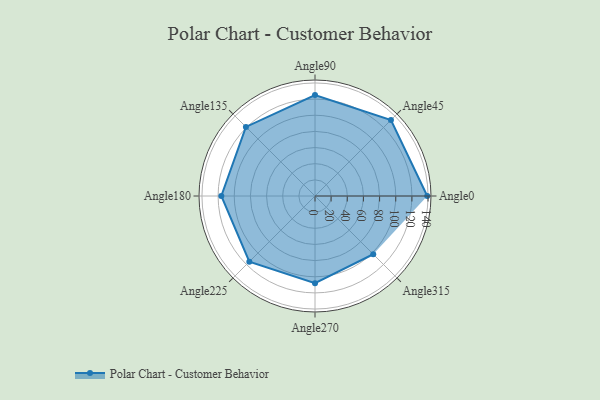
{"axis": {"x": "Angle", "y": "Radius"}, "legend": [""], "data": [{"x": "Angle0", "y": 139.0, "type": ""}, {"x": "Angle45", "y": 133.0, "type": ""}, {"x": "Angle90", "y": 125.0, "type": ""}, {"x": "Angle135", "y": 121.0, "type": ""}, {"x": "Angle180", "y": 116.0, "type": ""}, {"x": "Angle225", "y": 115.0, "type": ""}, {"x": "Angle270", "y": 108.0, "type": ""}, {"x": "Angle315", "y": 102.0, "type": ""}]}